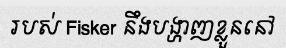
របស់ Fisker នឹងបង្ហាញខ្លួននៅ